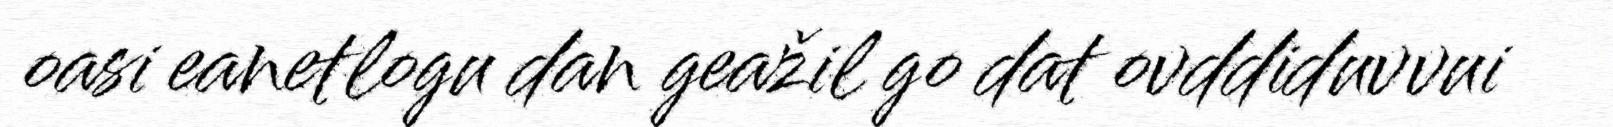
oasi eanetlogu dan geažil go dat ovddiduvvui